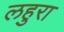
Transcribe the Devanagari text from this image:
लहुरा